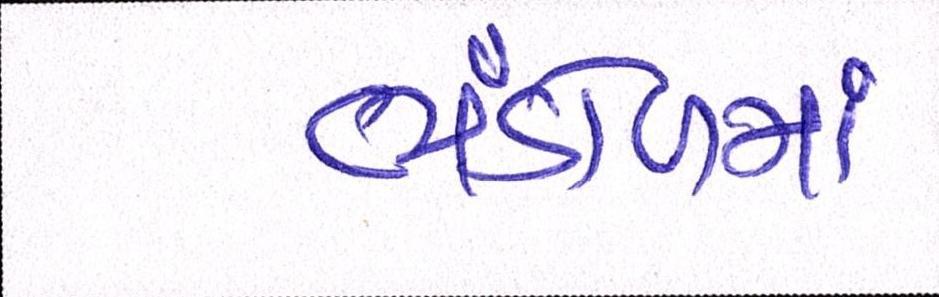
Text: ભંડોળમાં